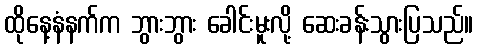
ထိုနေ့နံနက်က ဘွားဘွား ခေါင်းမူးလို့ ဆေးခန်းသွားပြသည်။